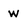
Character: w